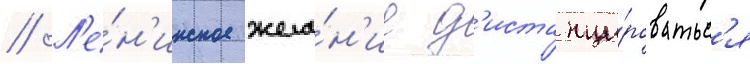
// Л'е́н'инское жела́н'ие д'истанци́роватьс'я